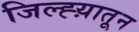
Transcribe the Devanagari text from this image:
जिल्ह्य़ातून